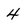
Character: 4